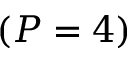
( P = 4 )